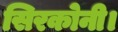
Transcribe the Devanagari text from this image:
सिरकोनी।